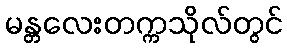
မန္တလေးတက္ကသိုလ်တွင်